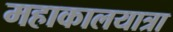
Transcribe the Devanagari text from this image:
महाकालयात्रा